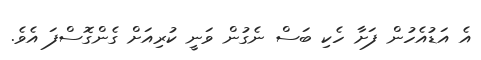
އެ އަޑުއެހުން ފަށާ ހެކި ބަސް ނެގުން ވަނީ ކުރިއަށް ގެންގޮސްފަ އެވެ.